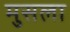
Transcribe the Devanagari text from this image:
मुसला